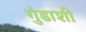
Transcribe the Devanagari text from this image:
गुंडाशी